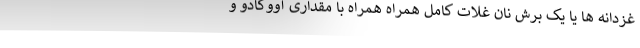
غزدانه ها یا یک برش نان غلات کامل همراه همراه با مقداری آووکادو و